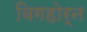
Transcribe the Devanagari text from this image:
बिगहोर्न